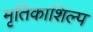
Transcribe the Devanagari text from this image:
मृतिकाशिल्प